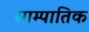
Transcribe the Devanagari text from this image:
साम्पातिक